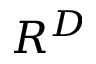
R ^ { D }